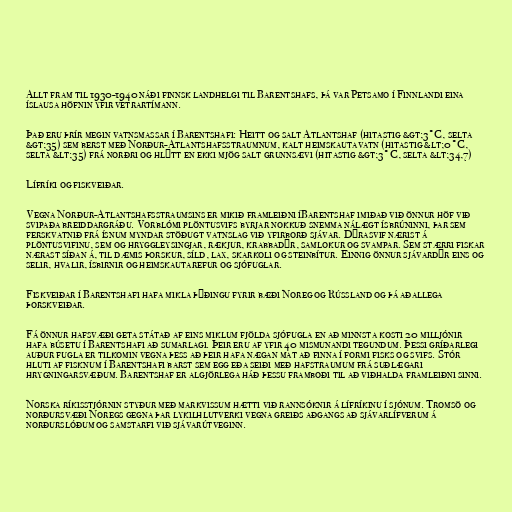
Allt fram til 1930-1940 náði finnsk landhelgi til Barentshafs, þá var Petsamo í Finnlandi eina
íslausa höfnin yfir vetrartímann.

Það eru þrír megin vatnsmassar í Barentshafi: Heitt og salt Atlantshaf (hitastig &gt;3°C, selta
&gt;35) sem berst með Norður-Atlantshafsstraumnum, kalt heimskautavatn (hitastig &lt;0°C,
selta &lt;35) frá norðri og hlýtt en ekki mjög salt grunnsævi (hitastig &gt;3°C, selta &lt;34,7)

Lífríki og fiskveiðar.

Vegna Norður-Atlantshafsstraumsins er mikið framleiðni íBarentshaf imiðað við önnur höf við
svipaða breiddargráðu. Vorblómi plöntusvifs byrjar nokkuð snemma nálægt ísbrúninni, þar sem
ferskvatnið frá ísnum myndar stöðugt vatnslag við yfirborð sjávar. Dýrasvif nærist á
plöntusvifinu, sem og hryggleysingjar, rækjur, krabbadýr, samlokur og svampar. Sem stærri fiskar
nærast síðan á, til dæmis þorskur, síld, lax, skarkoli og steinbítur. Einnig önnur sjávardýr eins og
selir, hvalir, ísbirnir og heimskautarefur og sjófuglar.

Fiskveiðar í Barentshafi hafa mikla þýðingu fyrir bæði Noreg og Rússland og þá aðallega
þorskveiðar.

Fá önnur hafsvæði geta státað af eins miklum fjölda sjófugla en að minnsta kosti 20 milljónir
hafa búsetu í Barentshafi að sumarlagi. Þeir eru af yfir 40 mismunandi tegundum. Þessi gríðarlegi
auður fugla er tilkomin vegna þess að þeir hafa nægan mat að finna í formi fisks og svifs. Stór
hluti af fisknum í Barentshafi barst sem egg eða seiði með hafstraumum frá suðlægari
hrygningarsvæðum. Barentshaf er algjörlega háð þessu framboði til að viðhalda framleiðni sinni.

Norska ríkisstjórnin styður með markvissum hætti við rannsóknir á lífríkinu í sjónum. Tromsö og
norðursvæði Noregs gegna þar lykilhlutverki vegna greiðs aðgangs að sjávarlífverum á
norðurslóðum og samstarfi við sjávarútveginn.